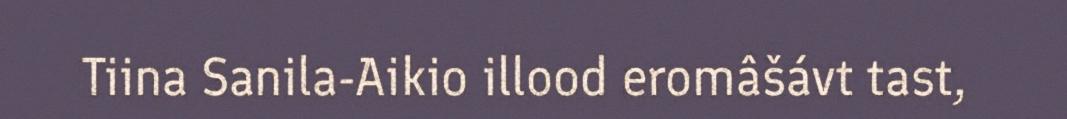
Tiina Sanila-Aikio illood eromâšávt tast,